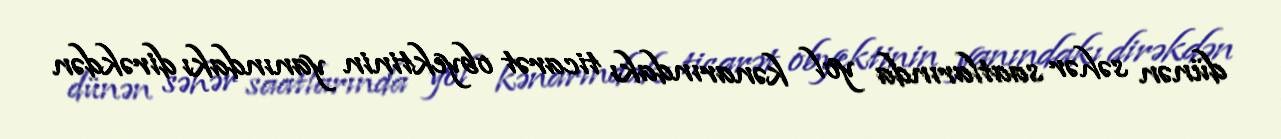
dünən səhər saatlarında yol kənarındakı ticarət obyektinin yanındakı dirəkdən